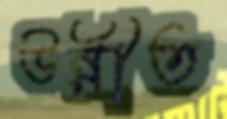
উন্নীত